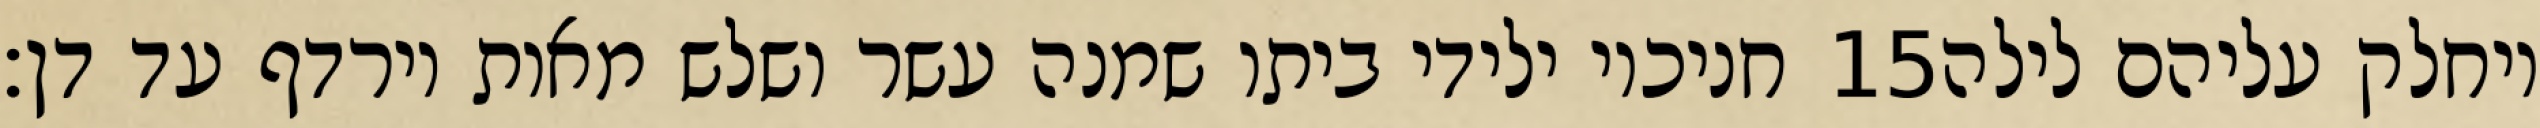
חניכיו ילידי ביתו שמנה עשר ושלש מאות וירדף עד דן׃ ‎15‏ ויחלק עליהם לילה